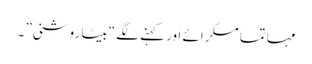
مہاتما مسکرائے اور کہنے لگے “بیٹا روشنی” ۔